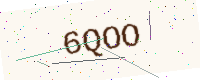
Text: 6QOO